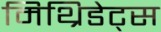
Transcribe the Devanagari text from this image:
मिथ्रिडेट्स